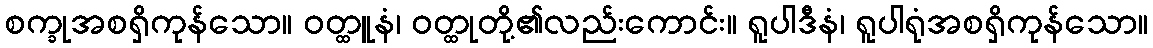
စက္ခုအစရှိကုန်သော။ ဝတ္ထူနံ၊ ဝတ္ထုတို့၏လည်းကောင်း။ ရူပါဒီနံ၊ ရူပါရုံအစရှိကုန်သော။